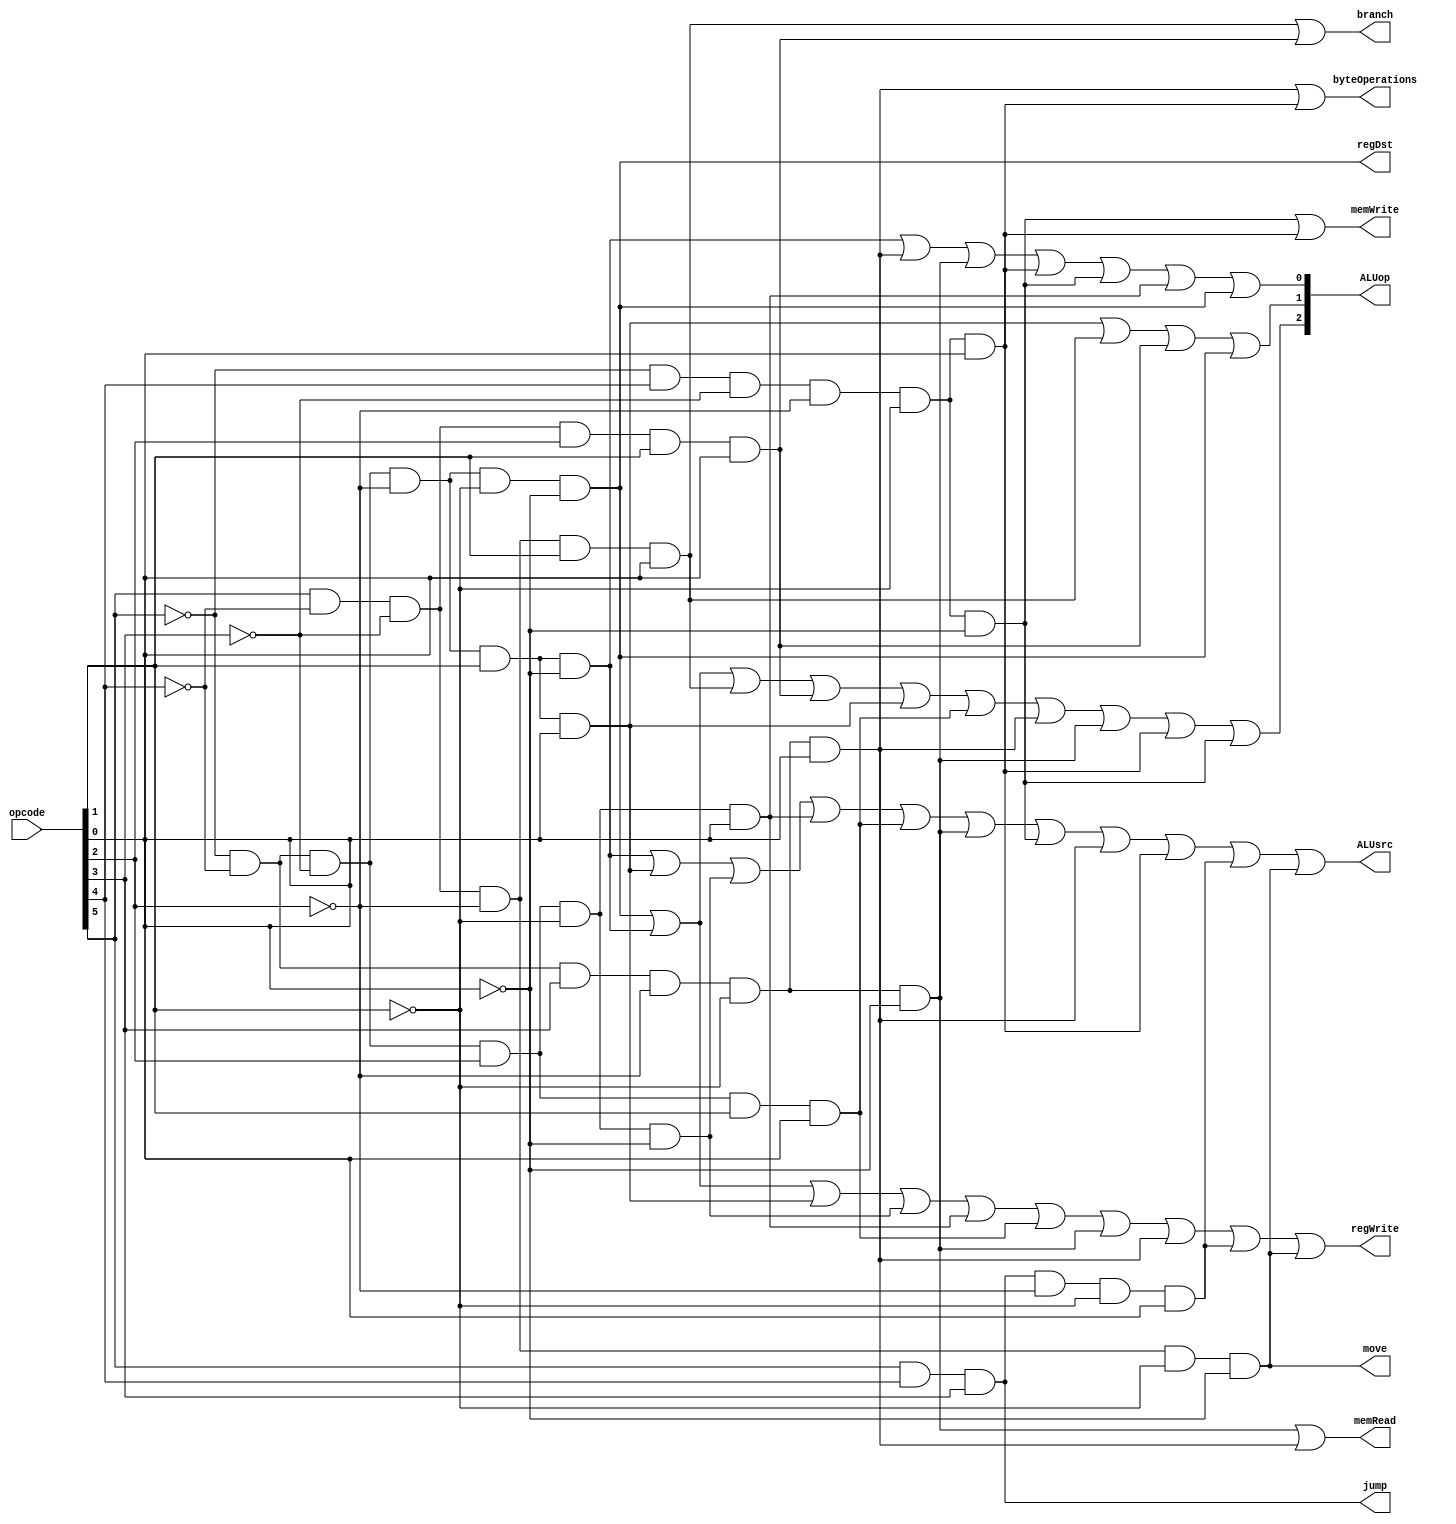
module control_unit(
    output regDst, 
    output branch, 
    output memRead, 
    output memWrite, 
    output [2:0] ALUop,
    output ALUsrc, 
    output regWrite, 
    output jump,
    output byteOperations, 
    output move,
    input [5:0] opcode
    );
    

    // -----------------------------

    // ALUop values
    // AND         000
    // OR          001
    // XOR         010
    // NOR         011
    // LESS THAN   100
    // ADD         101
    // SUB         110
    // MOD         111

    // -----------------------------

    // R-Types  = 000000    |   ALUop = 111

    // addi     = 000010    |   ALUop = 101
    // subi     = 000011    |   ALUop = 110
    // andi     = 000100    |   ALUop = 000
    // ori      = 000101    |   ALUop = 001
    // slti     = 000111    |   ALUop = 100

    // lw       = 001000    |   ALUop = 101
    // sw       = 010000    |   ALUop = 101
    // lb       = 001001    |   ALUop = 101
    // sb       = 010001    |   ALUop = 101

    // beq      = 100011    |   ALUop = 110
    // bne      = 100111    |   ALUop = 110

    // j        = 111000
    // jal      = 111001
    // jr       = 000000    |   ALUop = 111

    // move     = 100000

    // -----------------------------

    
    // define wires to detect instruction type
    wire r_type, is_addi, is_subi, is_andi, is_ori, is_slti, is_lw, is_sw, is_lb, is_sb, is_beq, is_bne, is_jal;
    wire opcode_not_0, opcode_not_1, opcode_not_2, opcode_not_3, opcode_not_4, opcode_not_5; 
    
    not not0(opcode_not_0,opcode[0]);
    not not1(opcode_not_1,opcode[1]);
    not not2(opcode_not_2,opcode[2]);
    not not3(opcode_not_3,opcode[3]);
    not not4(opcode_not_4,opcode[4]);
    not not5(opcode_not_5,opcode[5]);


    // with and gates, detect instruction type
    and r_type_and(r_type, opcode_not_5, opcode_not_4, opcode_not_3, opcode_not_2, opcode_not_1, opcode_not_0);
    and addi_and(is_addi, opcode_not_5, opcode_not_4, opcode_not_3, opcode_not_2, opcode[1], opcode_not_0);
    and subi_and(is_subi, opcode_not_5, opcode_not_4, opcode_not_3, opcode_not_2, opcode[1], opcode[0]);
    and andi_and(is_andi, opcode_not_5, opcode_not_4, opcode_not_3, opcode[2], opcode_not_1, opcode_not_0);
    and ori_and(is_ori, opcode_not_5, opcode_not_4, opcode_not_3, opcode[2], opcode_not_1, opcode[0]);
    and slti_and(is_slti, opcode_not_5, opcode_not_4, opcode_not_3, opcode[2], opcode[1], opcode[0]);

    and lw_and(is_lw, opcode_not_5, opcode_not_4, opcode[3], opcode_not_2, opcode_not_1, opcode_not_0);
    and sw_and(is_sw, opcode_not_5, opcode[4], opcode_not_3, opcode_not_2, opcode_not_1, opcode_not_0);
    and lb_and(is_lb, opcode_not_5, opcode_not_4, opcode[3], opcode_not_2, opcode_not_1, opcode[0]);
    and sb_and(is_sb, opcode_not_5, opcode[4], opcode_not_3, opcode_not_2, opcode_not_1, opcode[0]);

    and beq_and(is_beq, opcode[5], opcode_not_4, opcode_not_3, opcode_not_2, opcode[1], opcode[0]);
    and bne_and(is_bne, opcode[5], opcode_not_4, opcode_not_3, opcode[2], opcode[1], opcode[0]);

    // assign is_jal = (opcode == 6'b111001);
    and jal_and(is_jal, opcode[5], opcode[4], opcode[3], opcode_not_2, opcode_not_1, opcode[0]);

    // ref: https://www.d.umn.edu/~gshute/mips/control-signal-summary.html
    or or1(regDst, r_type, 0);
    or or2(branch, is_beq, is_bne);
    or or3(memRead, is_lw, is_lb);
    or or4(memWrite, is_sw, is_sb);
    and move_and(move, opcode[5], opcode_not_4, opcode_not_3, opcode_not_2, opcode_not_1, opcode_not_0);
    or or5(regWrite, r_type, is_addi, is_subi, is_andi, is_ori, is_slti, is_lw, is_lb, is_jal, move);
    and jump_and(jump, opcode[5], opcode[4], opcode[3]);
    or byteOperations_or(byteOperations, is_lb, is_sb);
    // not not6(ALUsrc, r_type); 
    or or6(ALUsrc, is_addi, is_subi, is_andi, is_ori, is_slti, is_lw, is_sw, is_lb, is_sb, is_jal, move);
   
    or alu_op1_or(ALUop[2], r_type, is_addi, is_beq, is_bne, is_subi, is_slti, is_lb, is_lw, is_sb, is_sw);
    or alu_op2_or(ALUop[1], is_subi, is_beq, is_bne, r_type);
    or alu_op0_or(ALUop[0], is_addi, is_lb, is_lw, is_sb, is_sw, is_ori, r_type);

endmodule